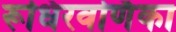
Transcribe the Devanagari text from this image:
रूधिरवर्णिका